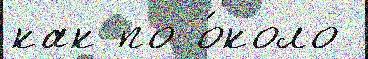
как по о́коло